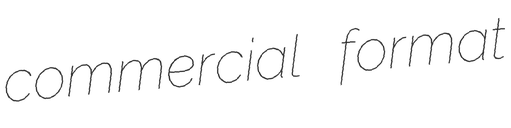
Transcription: commercial format